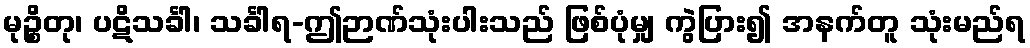
မုဉ္စိတု၊ ပဋိသင်္ခါ၊ သင်္ခါရ-ဤဉာဏ်သုံးပါးသည် ဖြစ်ပုံမျှ ကွဲပြား၍ အနက်တူ သုံးမည်ရ